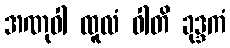
အဏုဝါ ထူလံ ဝါတိ ခုဒ္ဒကံ